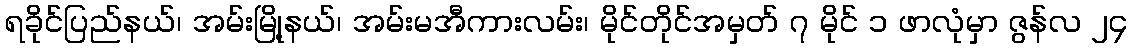
ရခိုင်ပြည်နယ်၊ အမ်းမြို့နယ်၊ အမ်းမအီကားလမ်း၊ မိုင်တိုင်အမှတ် ၇ မိုင် ၁ ဖာလုံမှာ ဇွန်လ ၂၄